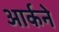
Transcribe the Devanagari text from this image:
आर्कने